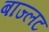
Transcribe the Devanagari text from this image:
बाज्लट